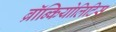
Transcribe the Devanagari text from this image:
ब्रॉन्कियोलिटिस